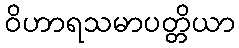
ဝိဟာရသမာပတ္တိယာ